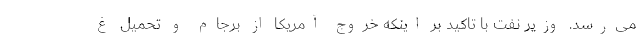
می‌رسد. وزیر نفت با تاکید بر اینکه خروج آمریکا از برجام و تحمیل غ